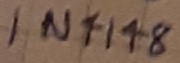
Text: IN4148